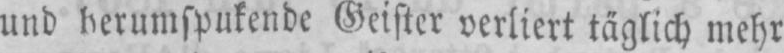
täglich mehr